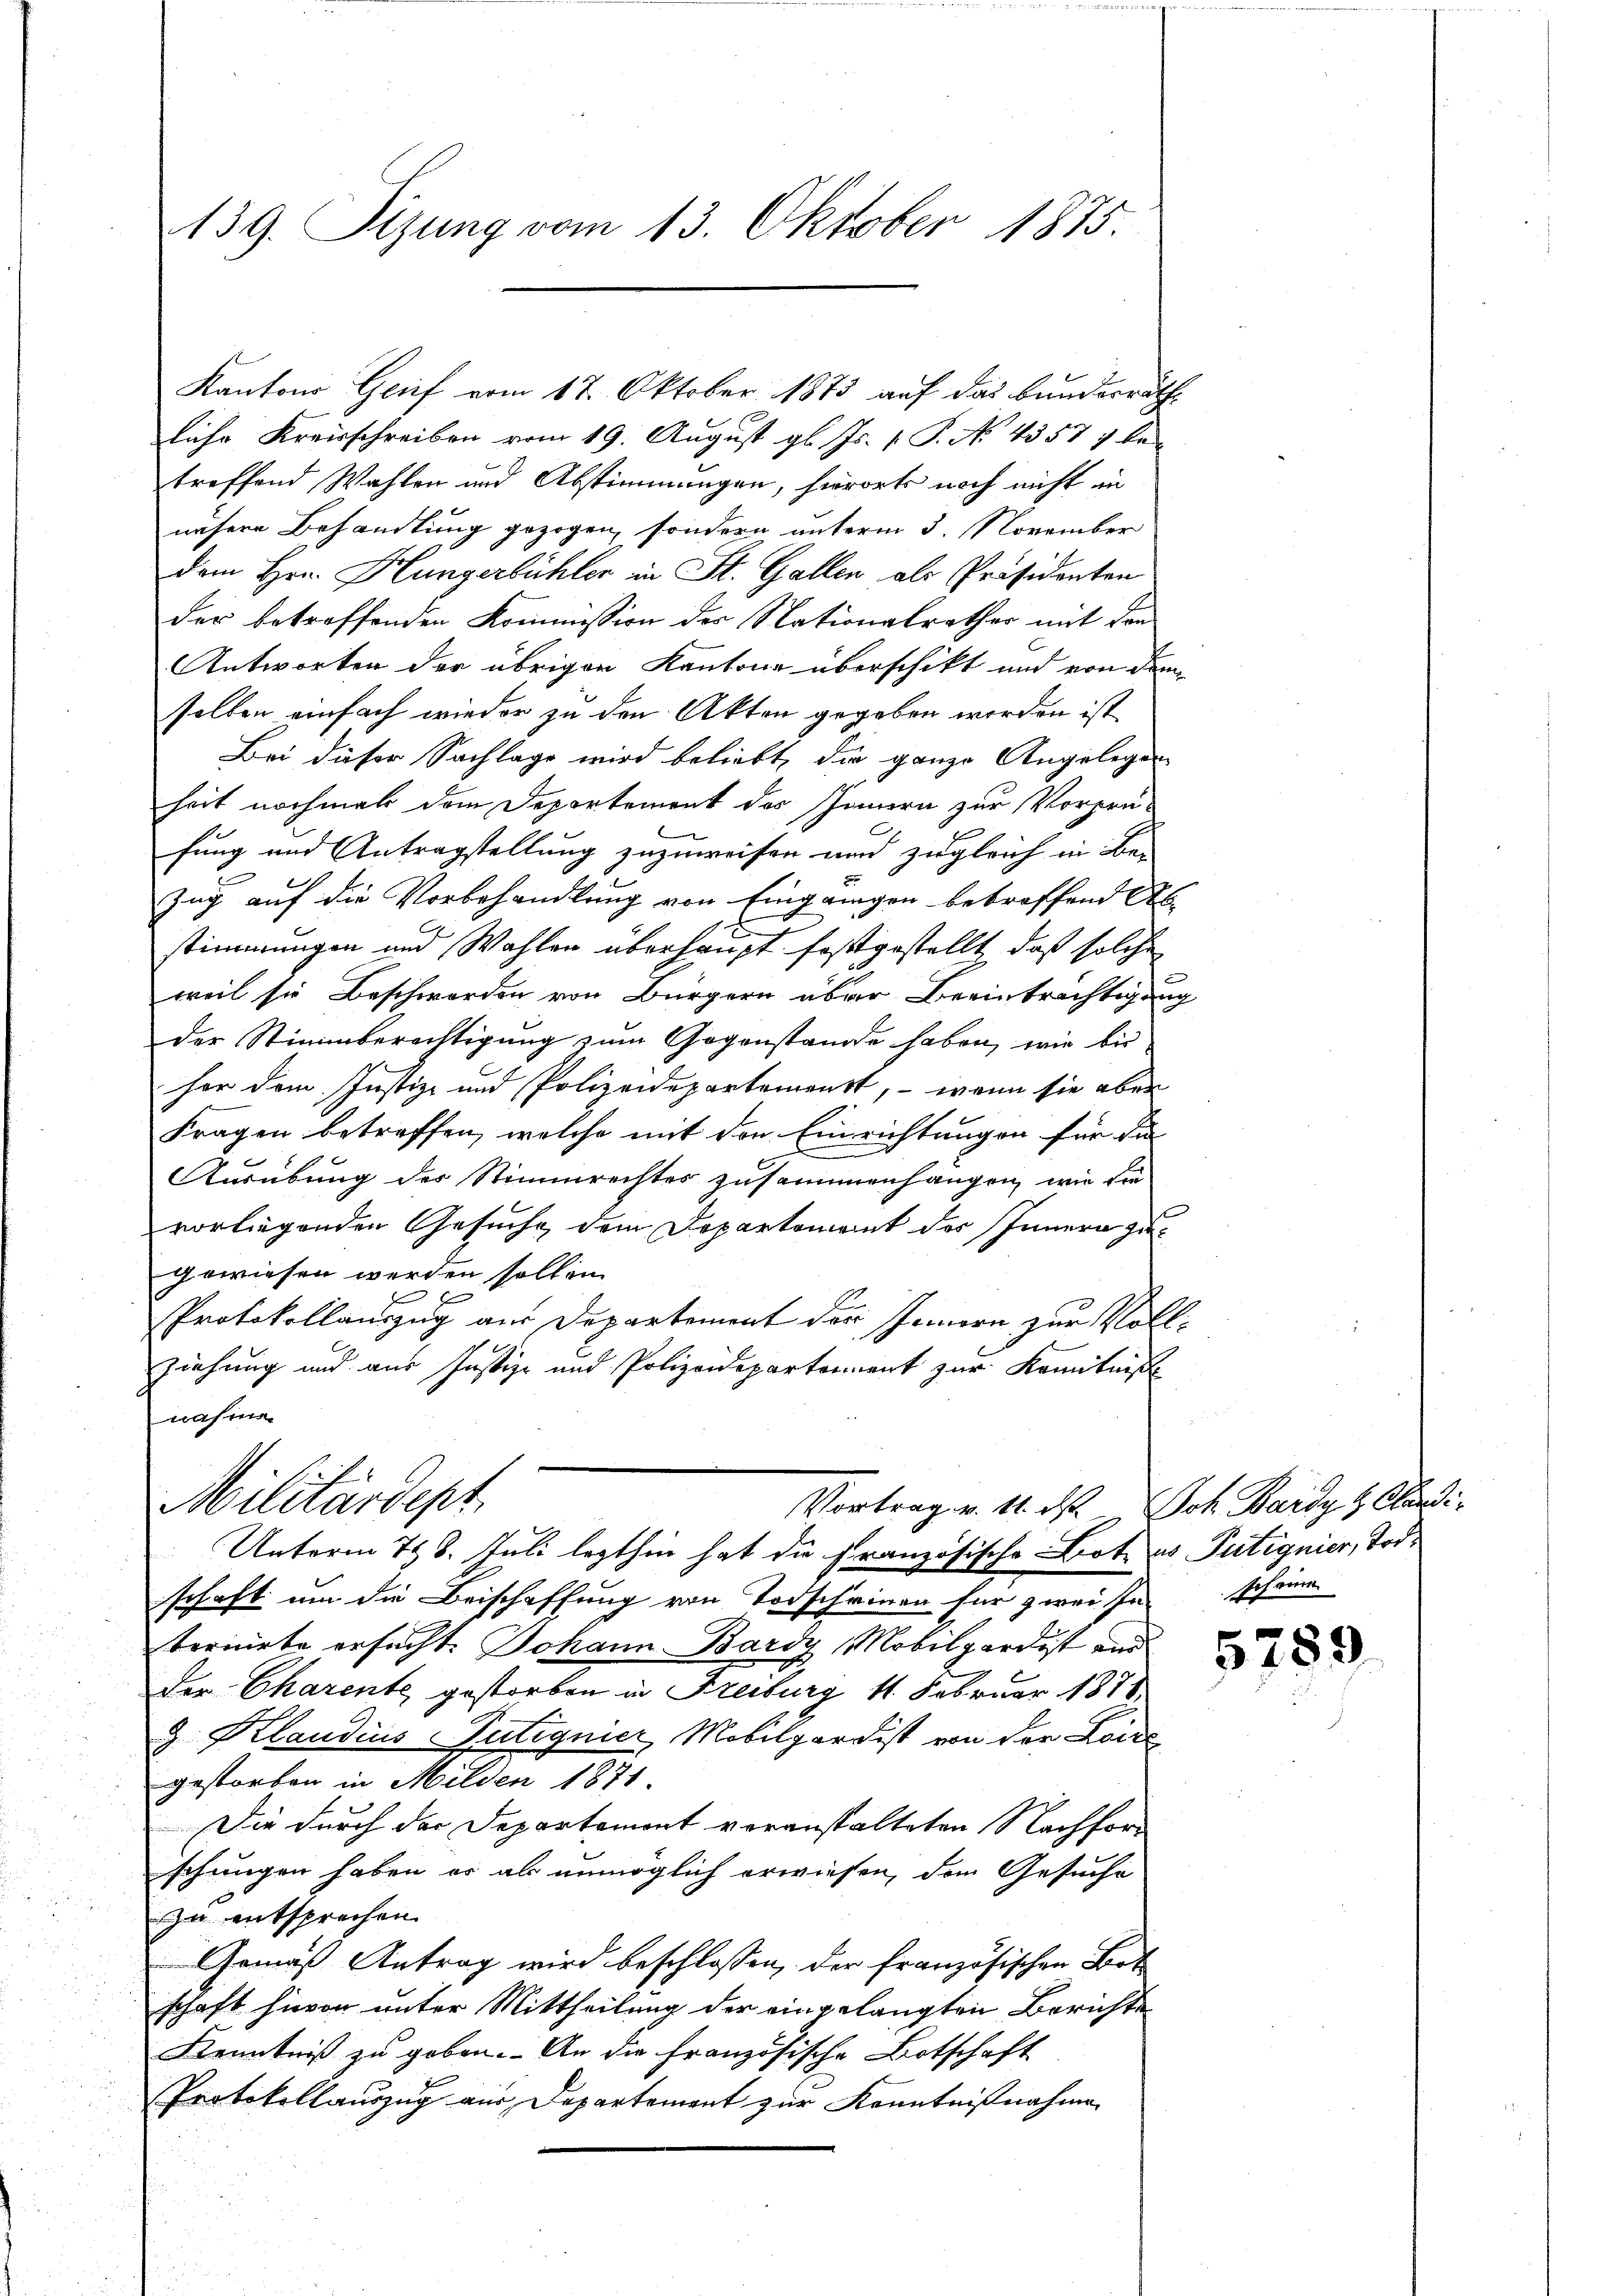
139. Sizung vom 13. Oktober 1875.

Lihr Kreisschreiben vom 19. August gl. Js. [ P. No. 43577 be-
treffend Wahlen und Abstimmungen, hierort noch nicht in
nähere Behandlung gezogen, sondern unterm 3. November
dem Hrn. Hungerbühler in St. Gallen als Präsidenten
der betreffenden Kommission des Nationalrathes mit den
Antworten der übrigen Kantone überschikt und von dem
selben einfach wieder zu den Akten gegeben worden ist
Bei dieser Sachlage wird beliebt, die ganze Angelegen
heit nochmal dem Departement des Innern zur Vorprü-
fung und Antragstellung zuzuweisen und zugleich in Be-
Zug auf die Vorbehandlung von Eingangen betreffend Ab
stimmungen und Wahlen überhaupt festgestellt, daß solche
weil sie Beschwerden von Bürgern über Beeinträchtigung
der Stimmberechtigung zum Gegenstande haben, wie bis
her dem Justiz- und Polizeidepartement, – wenn sie aber
Fragen betreffen, welche mit den Einrichtungen für die
Ausübung des Stimmrechtes zusammenhangen, wie die
vorliegenden Gesuche dem Departement des Innern zugewiesen werden sollen.
Protokollauszug aus Departement der Innern zur Vollziehung und aus Justiz- und Polizeidepartement zur Kenntniß
nahme
Militärdept
Vortrag v. 11. d. Joh. Bardy  Candi-
Unterm 758. Juli lezthin hat die französische Bote es Putignier, Todschaft um die Beischaffung von Todscheinen für zwei se scheine
teriete ersucht. Johann Bardy, Mobilgardist und
Der Charente, gestorben in Freiburg 11. Februar 1871,
3 Klaudius Putignier, Mobilgardist von der Lois
gestorben in Milden 1871.
Die durch der Departemont veranstalteten Nachforschungen haben er als unmöglich erwiesen, den Gesuche
zu entsprechen.
Gemäß Antrag wird beschlossen, der französischen Bot
schaft hievon unter Mittheilung der eingelangten Berichte
Kenntniß zu geben. An die Französische Botschaft
Protokollauszug aus Departement zur Kenntnißnahme

Kantons Grief vom 17. Oktober 1873 auf das bundesräthe

5789